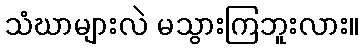
သံဃာများလဲ မသွားကြဘူးလား။